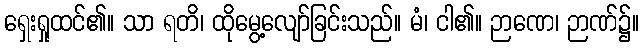
ရှေးရှုထင်၏။ သာ ရတိ၊ ထိုမွေ့လျော်ခြင်းသည်။ မံ၊ ငါ၏။ ဉာဏေ၊ ဉာဏ်၌။